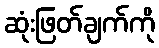
ဆုံးဖြတ်ချက်ကို